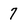
Character: 7